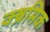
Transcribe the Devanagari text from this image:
क्ष्रमिक